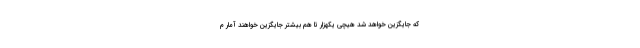
که جایگزین خواهد شد هیچی یکهزار تا هم بیشتر جایگزین خواهند آمار م